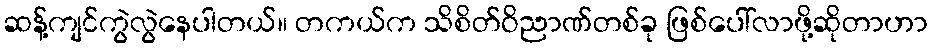
ဆန့်ကျင်ကွဲလွဲနေပါတယ်။ တကယ်က သိစိတ်ဝိညာဏ်တစ်ခု ဖြစ်ပေါ်လာဖို့ဆိုတာဟာ